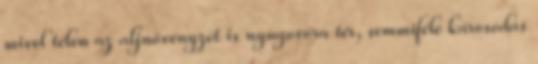
mivel télen az aljnövényzet is nyugovóra tér, semmiféle károsodás